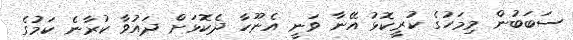
ސަބަބުން މިމަހުގެ ކުރީކޮޅު އޭނާ ވަނީ އެނޫހާ ދެކޮޅަށް ދައުވާ ކުރާނެ ކަމުގެ